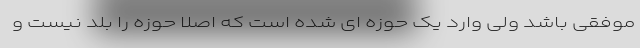
موفقی باشد ولی وارد یک حوزه ای شده است که اصلا حوزه را بلد نیست و